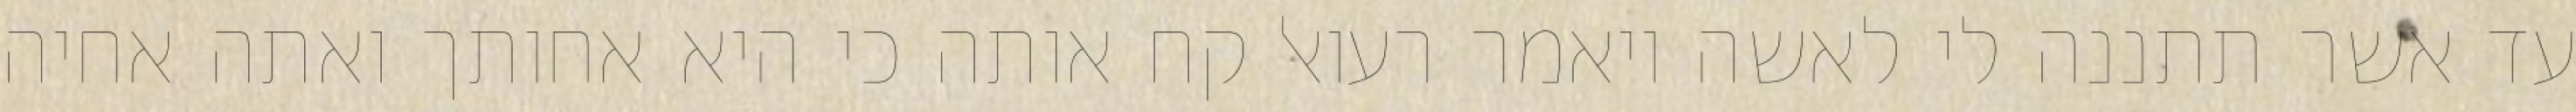
עד אשר תתננה לי לאשה ויאמר רעואל קח אותה כי היא אחותך ואתה אחיה